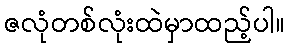
ဇလုံတစ်လုံးထဲမှာထည့်ပါ။